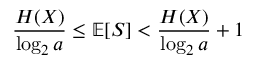
{ \frac { H ( X ) } { \log _ { 2 } a } } \leq \mathbb { E } [ S ] < { \frac { H ( X ) } { \log _ { 2 } a } } + 1